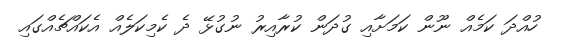
ހުއްދަ ކަމެއް ނޫން ކަމަށާއި ގުދަން ކުރާއިރު ނުގުޅޭ ދެ ކެމިކަލެއް އެކައްޗެއްގައި